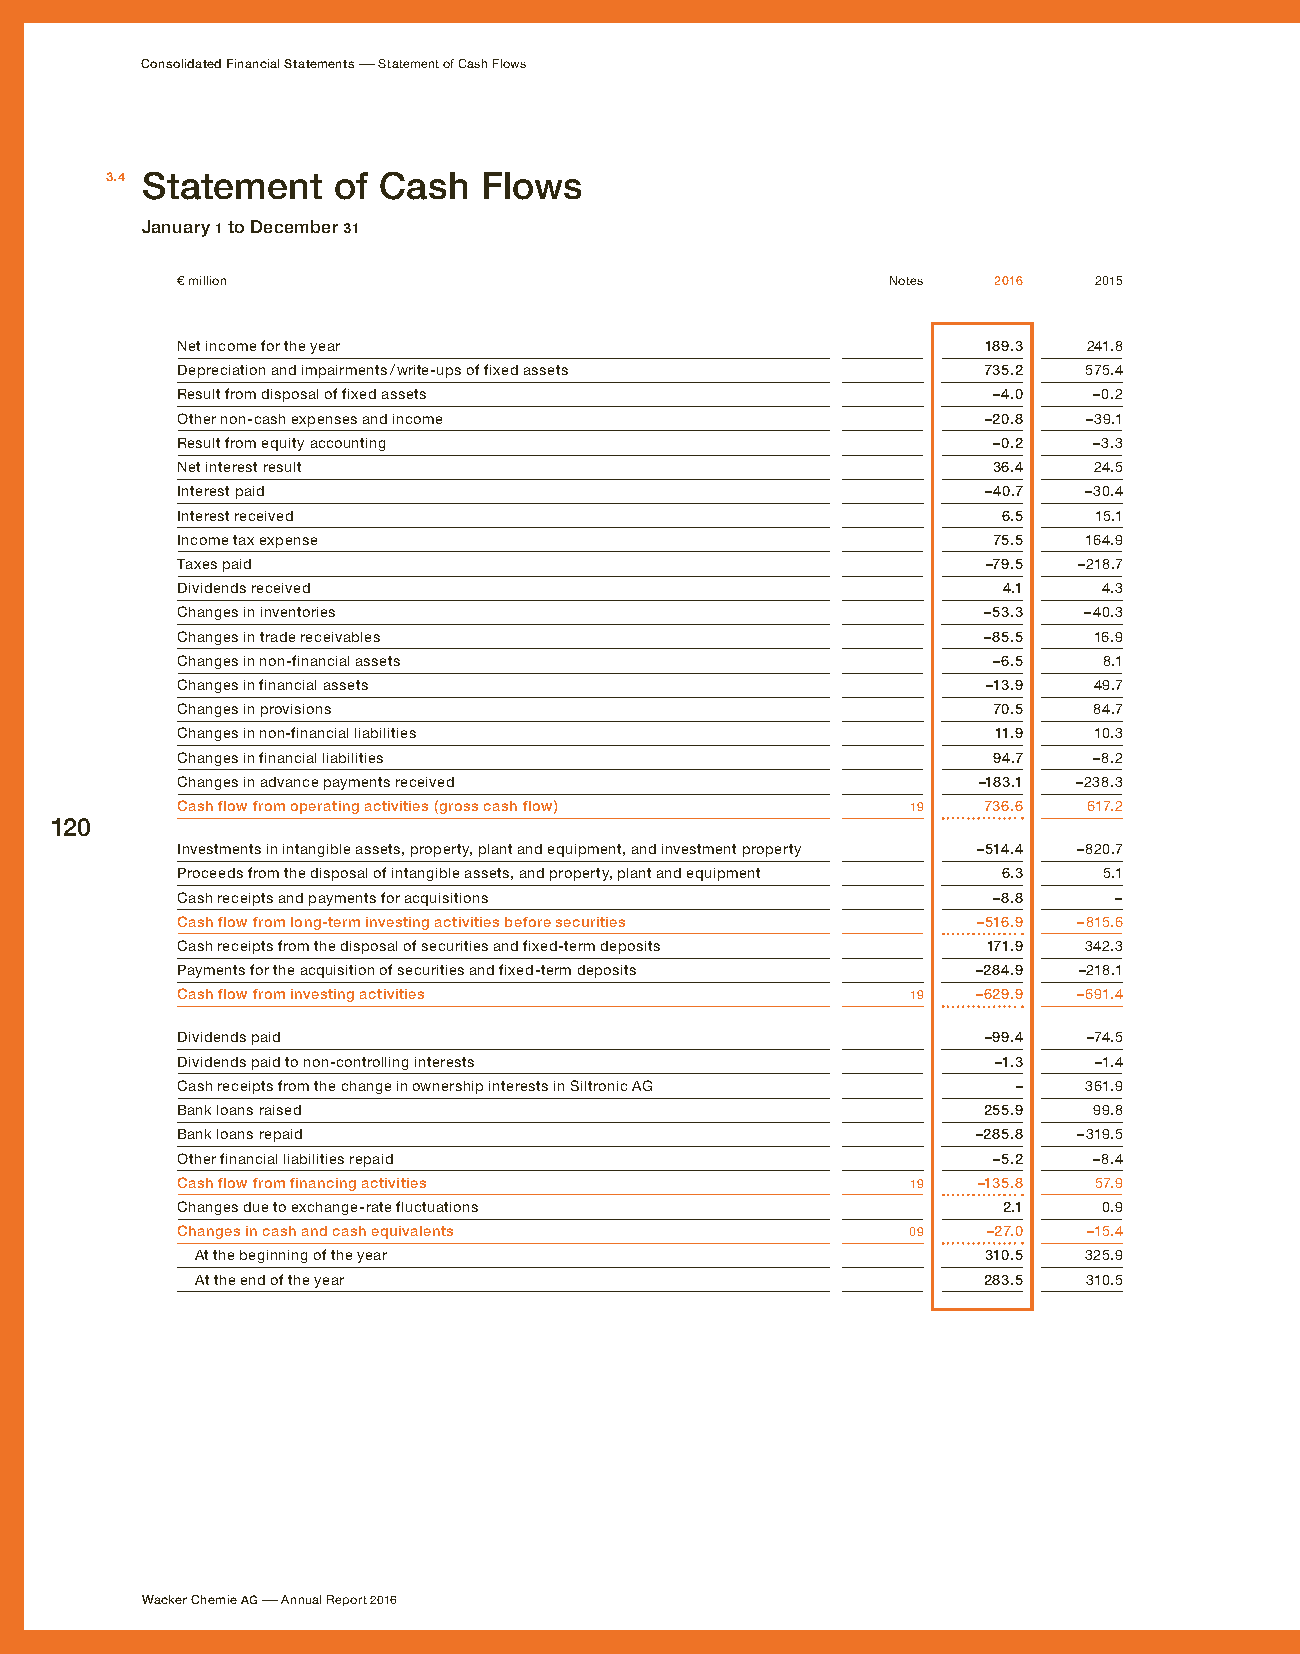
Consolidated Financial Statements – Statement of Cash Flows
 3.4 Statement  of Cash   Flows
 January 1 to December 31
 € million                                      Notes  2016  2015
 Net income for the year                              189.3  241.8
 Depreciation and impairments / write-ups of fixed assets 735.2 575.4
 Result from disposal of fixed assets                  –4.0  –0.2
 Other non-cash expenses and income                   –20.8  –39.1
 Result from equity accounting                         –0.2  –3.3
 Net interest result                                   36.4  24.5
 Interest paid                                        –40.7  –30.4
 Interest received                                     6.5   15.1
 Income tax expense                                    75.5  164.9
 Taxes paid                                           –79.5 –218.7
 Dividends received                                    4.1    4.3
 Changes in inventories                               –53.3  –40.3
 Changes in trade receivables                         –85.5  16.9
 Changes in non-financial assets                       –6.5   8.1
 Changes in financial assets                          –13.9  49.7
 Changes in provisions                                 70.5  84.7
 Changes in non-financial liabilities                  11.9  10.3
 Changes in financial liabilities                      94.7  –8.2
 Changes in advance payments received                 –183.1 –238.3
 Cash flow from operating activities (gross cash flow) 19 736.6 617.2
 120
 Investments in intangible assets, property, plant and equipment, and investment property –514.4 –820.7
 Proceeds from the disposal of intangible assets, and property, plant and equipment 6.3 5.1
 Cash receipts and payments for acquisitions           –8.8    –
 Cash flow from long-term investing activities before securities –516.9 –815.6
 Cash receipts from the disposal of securities and fixed-term deposits 171.9 342.3
 Payments for the acquisition of securities and fixed-term deposits –284.9 –218.1
 Cash flow from investing activities             19   –629.9 –691.4
 Dividends paid                                       –99.4  –74.5
 Dividends paid to non-controlling interests           –1.3  –1.4
 Cash receipts from the change in ownership interests in Siltronic AG – 361.9
 Bank loans raised                                    255.9  99.8
 Bank loans repaid                                    –285.8 –319.5
 Other financial liabilities repaid                    –5.2  –8.4
 Cash flow from financing activities             19   –135.8 57.9
 Changes due to exchange-rate fluctuations             2.1    0.9
 Changes in cash and cash equivalents            09   –27.0  –15.4
 At the beginning of the year                        310.5  325.9
 At the end of the year                              283.5  310.5
 Wacker Chemie AG – Annual Report 2016